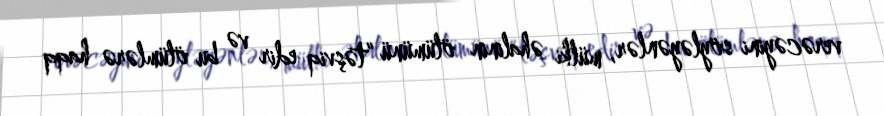
verəcəyini söyləyənlər, mülki əhalinin ölümünü “təşviq edir və bu ölümlərə haqq